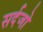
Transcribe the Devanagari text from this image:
सर्दजो